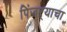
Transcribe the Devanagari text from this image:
पिंजऱ्याचा